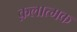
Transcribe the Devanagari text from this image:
क़लात्मक